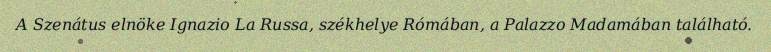
A Szenátus elnöke Ignazio La Russa, székhelye Rómában, a Palazzo Madamában található.